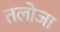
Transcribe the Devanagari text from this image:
तलोजा